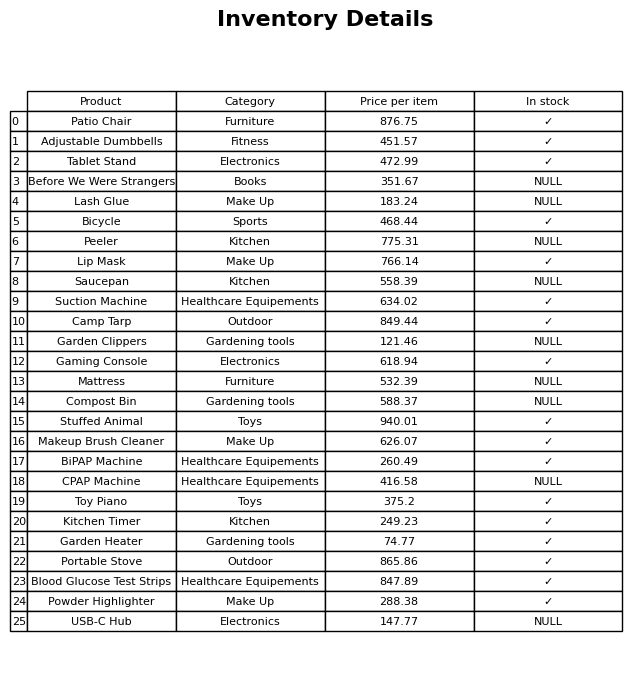
question: What is the price for Garden Clippers?
answer: The price of Garden Clippers is 121.46.